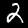
Label: 2